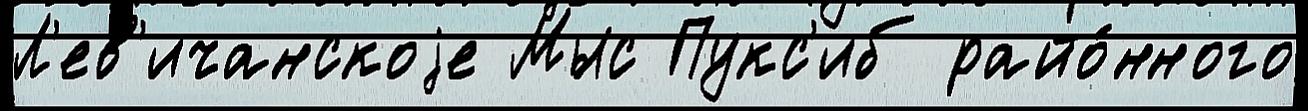
Л'ев'ичанскоjе Мыс Пукс'иб райо́нного